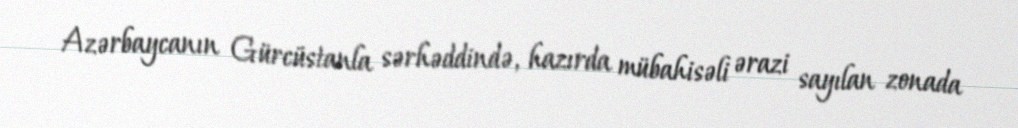
Azərbaycanın Gürcüstanla sərhəddində, hazırda mübahisəli ərazi sayılan zonada